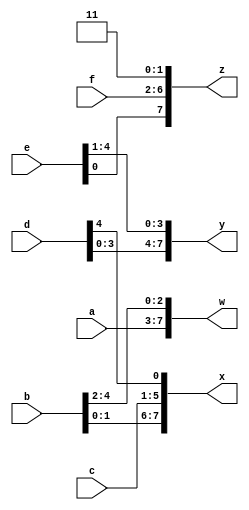
module top_module (
    input [4:0] a, b, c, d, e, f,
    output [7:0] w, x, y, z );//

    assign { w,x,y,z[7:2] } = {a, b, c, d,e,f};
    assign z[1:0] = 2'b11;

endmodule

/*Part selection was used to select portions of a vector. The concatenation operator {a,b,c} is used to create larger vectors by concatenating smaller portions of a vector together. 
 There are six 5-bit input vectors: a, b, c, d, e, and f, for a total of 30 bits of input. There are four 8-bit output vectors: w, x, y, and z, for 32 bits of output.
 The output should be a concatenation of the input vectors followed by two 1 bits: */